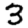
Digit: 3